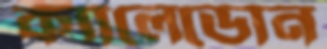
ক্যালেডোন